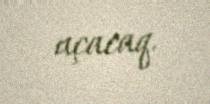
açacaq.